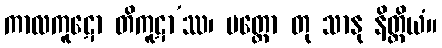
ကာလကူဋော တိကူဋာ’ဿ၊ ပတ္ထော တု သာနု နိတ္ထိယံ။